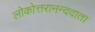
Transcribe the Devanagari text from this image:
लोकोत्तरानन्ददाता